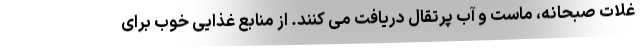
غلات صبحانه، ماست و آب پرتقال دریافت می کنند. از منابع غذایی خوب برای